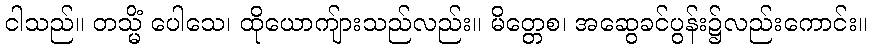
ငါသည်။ တသ္မိံ ပေါသေ၊ ထိုယောကျ်ားသည်လည်း။ မိတ္တေစ၊ အဆွေခင်ပွန်း၌လည်းကောင်း။